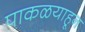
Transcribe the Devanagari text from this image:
पाकळयाहून